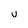
Character: v